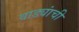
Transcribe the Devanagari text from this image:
वाड्यांची